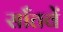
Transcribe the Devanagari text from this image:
साँतवें